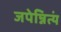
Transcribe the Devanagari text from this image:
जपेन्नित्यं